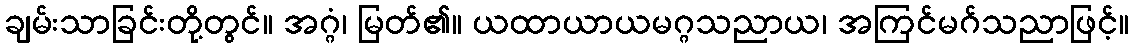
ချမ်းသာခြင်းတို့တွင်။ အဂ္ဂံ၊ မြတ်၏။ ယထာယာယမဂ္ဂသညာယ၊ အကြင်မဂ်သညာဖြင့်။